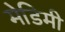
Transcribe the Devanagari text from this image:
मेडिमी